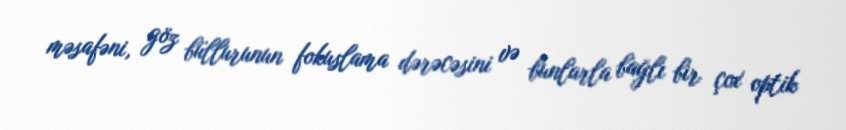
məsafəni, göz büllurunun fokuslama dərəcəsini və bunlarla bağlı bir çox optik